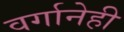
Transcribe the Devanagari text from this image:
वर्गानेही